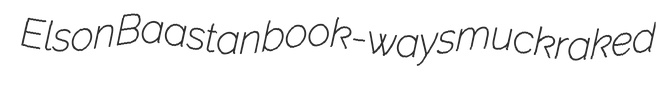
Elson Baastan book-ways muckraked